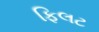
ફિલટ